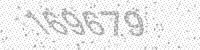
Solution: 169679